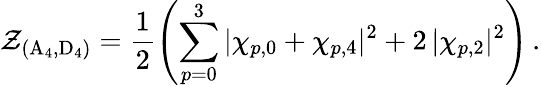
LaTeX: \mathcal{Z}_{(\mathrm{{A}}_{4},\mathrm{{D}}_{4})}=\frac{1}{2}\left(\sum_{p=0}^{3}|\chi_{p,0}+\chi_{p,4}|^{2}+2\, |\chi_{p,2}|^{2}\right)\, .